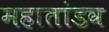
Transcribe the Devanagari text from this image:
महातांडव